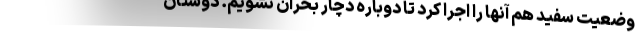
وضعیت سفید هم آنها را اجرا کرد تا دوباره دچار بحران نشویم. دوستان